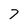
Character: 7